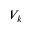
V _ { k }